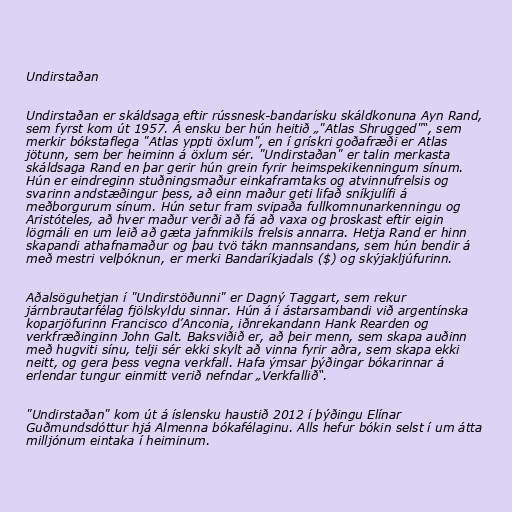
Undirstaðan

Undirstaðan er skáldsaga eftir rússnesk-bandarísku skáldkonuna Ayn Rand,
sem fyrst kom út 1957. Á ensku ber hún heitið „"Atlas Shrugged"“, sem
merkir bókstaflega "Atlas yppti öxlum", en í grískri goðafræði er Atlas
jötunn, sem ber heiminn á öxlum sér. "Undirstaðan" er talin merkasta
skáldsaga Rand en þar gerir hún grein fyrir heimspekikenningum sínum.
Hún er eindreginn stuðningsmaður einkaframtaks og atvinnufrelsis og
svarinn andstæðingur þess, að einn maður geti lifað sníkjulífi á
meðborgurum sínum. Hún setur fram svipaða fullkomnunarkenningu og
Aristóteles, að hver maður verði að fá að vaxa og þroskast eftir eigin
lögmáli en um leið að gæta jafnmikils frelsis annarra. Hetja Rand er hinn
skapandi athafnamaður og þau tvö tákn mannsandans, sem hún bendir á
með mestri velþóknun, er merki Bandaríkjadals ($) og skýjakljúfurinn.

Aðalsöguhetjan í "Undirstöðunni" er Dagný Taggart, sem rekur
járnbrautarfélag fjölskyldu sinnar. Hún á í ástarsambandi við argentínska
koparjöfurinn Francisco d’Anconia, iðnrekandann Hank Rearden og
verkfræðinginn John Galt. Baksviðið er, að þeir menn, sem skapa auðinn
með hugviti sínu, telji sér ekki skylt að vinna fyrir aðra, sem skapa ekki
neitt, og gera þess vegna verkfall. Hafa ýmsar þýðingar bókarinnar á
erlendar tungur einmitt verið nefndar „Verkfallið“.

"Undirstaðan" kom út á íslensku haustið 2012 í þýðingu Elínar
Guðmundsdóttur hjá Almenna bókafélaginu. Alls hefur bókin selst í um átta
milljónum eintaka í heiminum.